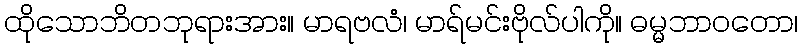
ထိုသောဘိတဘုရားအား။ မာရဗလံ၊ မာရ်မင်းဗိုလ်ပါကို။ ဓမ္မဘာဝတော၊